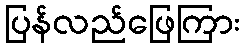
ပြန်လည်ဖြေကြား